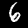
Digit: 6